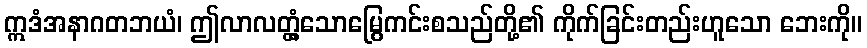
ဣဒံအနာဂတဘယံ၊ ဤလာလတ္တံ့သောမြွေကင်းစသည်တို့၏ ကိုက်ခြင်းတည်းဟူသော ဘေးကို။